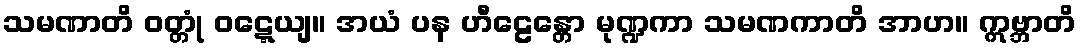
သမဏာတိ ဝတ္တုံ ဝဋ္ဋေယျ။ အယံ ပန ဟီဠေန္တော မုဏ္ဍကာ သမဏကာတိ အာဟ။ ဣဗ္ဘာတိ